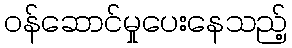
ဝန်ဆောင်မှုပေးနေသည့်